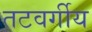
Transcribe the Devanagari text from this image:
तटवर्गीय